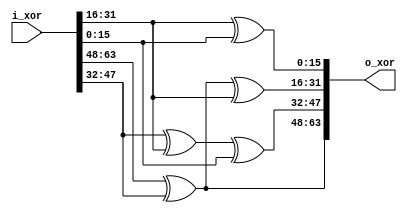
`define W0 i_xor[15:0]
`define W1 i_xor[31:16]
`define W2 i_xor[47:32]
`define W3 i_xor[63:48]



module dec_XOR_layer (
    input [63:0] i_xor, output [63:0] o_xor
);
    assign o_xor = {(`W3^`W2), (`W2^`W1^`W0),(`W3^`W2^`W1), (`W1^`W0)};

endmodule